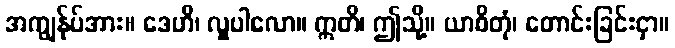
အကျွန်ုပ်အား။ ဒေဟိ၊ လှူပါလော။ ဣတိ၊ ဤသို့။ ယာစိတုံ၊ တောင်းခြင်းငှာ။